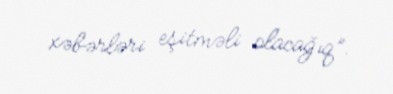
xəbərləri eşitməli olacağıq”.